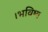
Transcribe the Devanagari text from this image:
।भविष्य